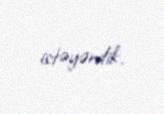
istəyərdik.